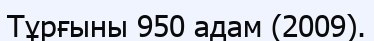
Тұрғыны 950 адам (2009).